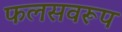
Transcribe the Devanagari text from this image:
फलसवरूप